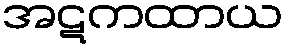
အဋကထာယ